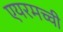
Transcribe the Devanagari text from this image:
एयरमच्ची